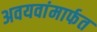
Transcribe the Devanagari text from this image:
अवयवांमार्फत